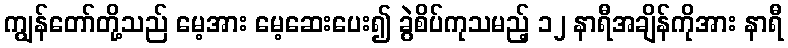
ကျွန်တော်တို့သည် မေ့အား မေ့ဆေးပေး၍ ခွဲစိပ်ကုသမည့် ၁၂ နာရီအချိန်ကိုအား နာရီ